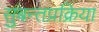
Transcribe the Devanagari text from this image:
सुबन्तप्रक्रिया